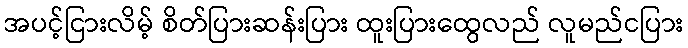
အပင့်ငြားလိမ့် စိတ်ပြားဆန်းပြား ထူးပြားထွေလည် လူမည်ငပြား